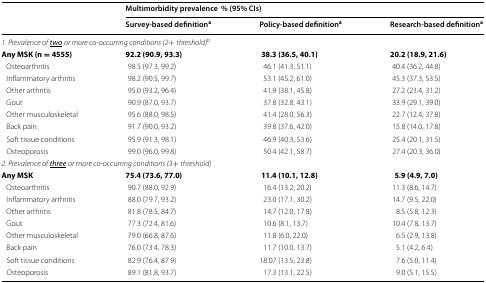
<table><thead><tr><td rowspan="2"></td><td colspan="3"><b>Multimorbidity prevalence% (95% CIs)</b></td></tr><tr><td><b>Survey-based definition<sup>a</sup></b></td><td><b>Policy-based definition<sup>a</sup></b></td><td><b>Research-based definition<sup>a</sup></b></td></tr></thead><tbody><tr><td colspan="4"><i>1. Prevalence of</i><i><underline>two</underline></i><i>or more co</i>-<i>occurring conditions (2</i>+ <i>threshold)</i><sup>b</sup></td></tr><tr><td><b>Any MSK (n</b> <b>=</b> <b>4555)</b></td><td><b>92.2 (90.9, 93.3)</b></td><td><b>38.3 (36.5, 40.1)</b></td><td><b>20.2 (18.9, 21.6)</b></td></tr><tr><td> Osteoarthritis</td><td>98.5 (97.3, 99.2)</td><td>46.1 (41.3, 51.1)</td><td>40.4 (36.2, 44.8)</td></tr><tr><td> Inflammatory arthritis</td><td>98.2 (90.5, 99.7)</td><td>53.1 (45.2, 61.0)</td><td>45.3 (37.3, 53.5)</td></tr><tr><td> Other arthritis</td><td>95.0 (93.2, 96.4)</td><td>41.9 (38.1, 45.8)</td><td>27.2 (23.4, 31.2)</td></tr><tr><td> Gout</td><td>90.9 (87.0, 93.7)</td><td>37.8 (32.8, 43.1)</td><td>33.9 (29.1, 39.0)</td></tr><tr><td> Other musculoskeletal</td><td>95.6 (88.0, 98.5)</td><td>41.4 (28.0, 56.3)</td><td>22.7 (12.4, 37.8)</td></tr><tr><td> Back pain</td><td>91.7 (90.0, 93.2)</td><td>39.8 (37.6, 42.0)</td><td>15.8 (14.0, 17.8)</td></tr><tr><td> Soft tissue conditions</td><td>95.9 (91.3, 98.1)</td><td>46.9 (40.3, 53.6)</td><td>25.4 (20.1, 31.5)</td></tr><tr><td> Osteoporosis</td><td>99.0 (96.0, 99.8)</td><td>50.4 (42.1, 58.7)</td><td>27.4 (20.3, 36.0)</td></tr><tr><td colspan="4"><i>2. Prevalence of</i><i><underline>three</underline></i><i>or more co</i>-<i>occurring conditions (3</i>+ <i>threshold)</i></td></tr><tr><td><b>Any MSK</b></td><td><b>75.4 (73.6, 77.0)</b></td><td><b>11.4 (10.1, 12.8)</b></td><td><b>5.9 (4.9, 7.0)</b></td></tr><tr><td> Osteoarthritis</td><td>90.7 (88.0, 92.9)</td><td>16.4 (13.2, 20.2)</td><td>11.3 (8.6, 14.7)</td></tr><tr><td> Inflammatory arthritis</td><td>88.0 (79.7, 93.2)</td><td>23.0 (17.1, 30.2)</td><td>14.7 (9.5, 22.0)</td></tr><tr><td> Other arthritis</td><td>81.8 (78.5, 84.7)</td><td>14.7 (12.0, 17.8)</td><td>8.5 (5.8, 12.3)</td></tr><tr><td> Gout</td><td>77.3 (72.4, 81.6)</td><td>10.6 (8.1, 13.7)</td><td>10.4 (7.8, 13.7)</td></tr><tr><td> Other musculoskeletal</td><td>79.0 (66.8, 87.6)</td><td>11.8 (6.0, 22.0)</td><td>6.5 (2.9, 13.8)</td></tr><tr><td> Back pain</td><td>76.0 (73.4, 78.3)</td><td>11.7 (10.0, 13.7)</td><td>5.1 (4.2, 6.4)</td></tr><tr><td> Soft tissue conditions</td><td>82.9 (76.4, 87.9)</td><td>18.07 (13.5, 23.8)</td><td>7.6 (5.0, 11.4)</td></tr><tr><td> Osteoporosis</td><td>89.1 (81.8, 93.7)</td><td>17.3 (13.1, 22.5)</td><td>9.0 (5.1, 15.5)</td></tr></tbody></table>